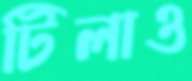
টিলাও